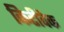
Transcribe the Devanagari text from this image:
किटीवेक